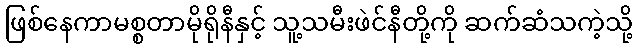
ဖြစ်နေကာမစ္စတာမိုရိုနီနှင့် သူ့သမီးဖဲင်နီတို့ကို ဆက်ဆံသကဲ့သို့